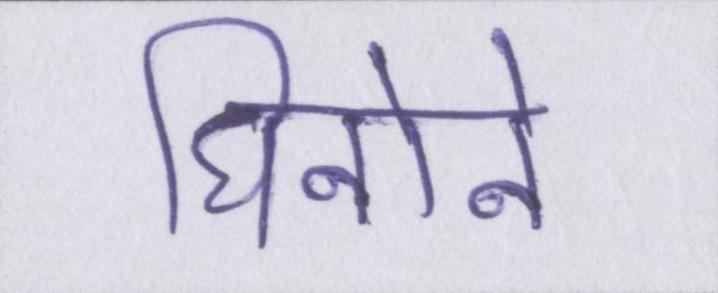
घिनोने